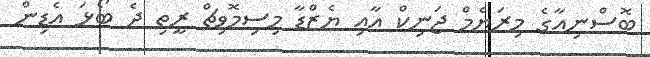
ބޮސްނިއާގެ މިރަޔެމް ޖަނިކް އާއި ޔެޒްޑާ މިސިމޮވިޗް ރީތި ދެ ބޯޅަ އެޑިން